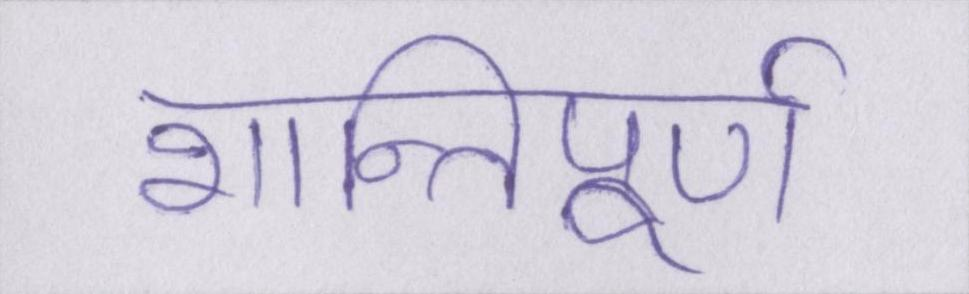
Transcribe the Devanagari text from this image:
शान्तिपूर्ण